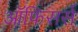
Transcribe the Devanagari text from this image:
ऑफि़सर्स